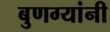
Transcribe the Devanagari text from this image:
बुणग्यांनी